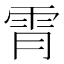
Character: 𫕟